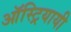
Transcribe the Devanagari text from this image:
ऑस्ट्रियायी